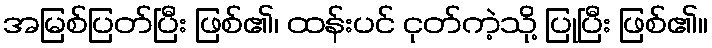
အမြစ်ပြတ်ပြီး ဖြစ်၏၊ ထန်းပင် ငုတ်ကဲ့သို့ ပြုပြီး ဖြစ်၏။